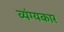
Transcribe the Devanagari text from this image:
व्‍यंग्‍यकार